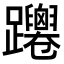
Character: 𨇴